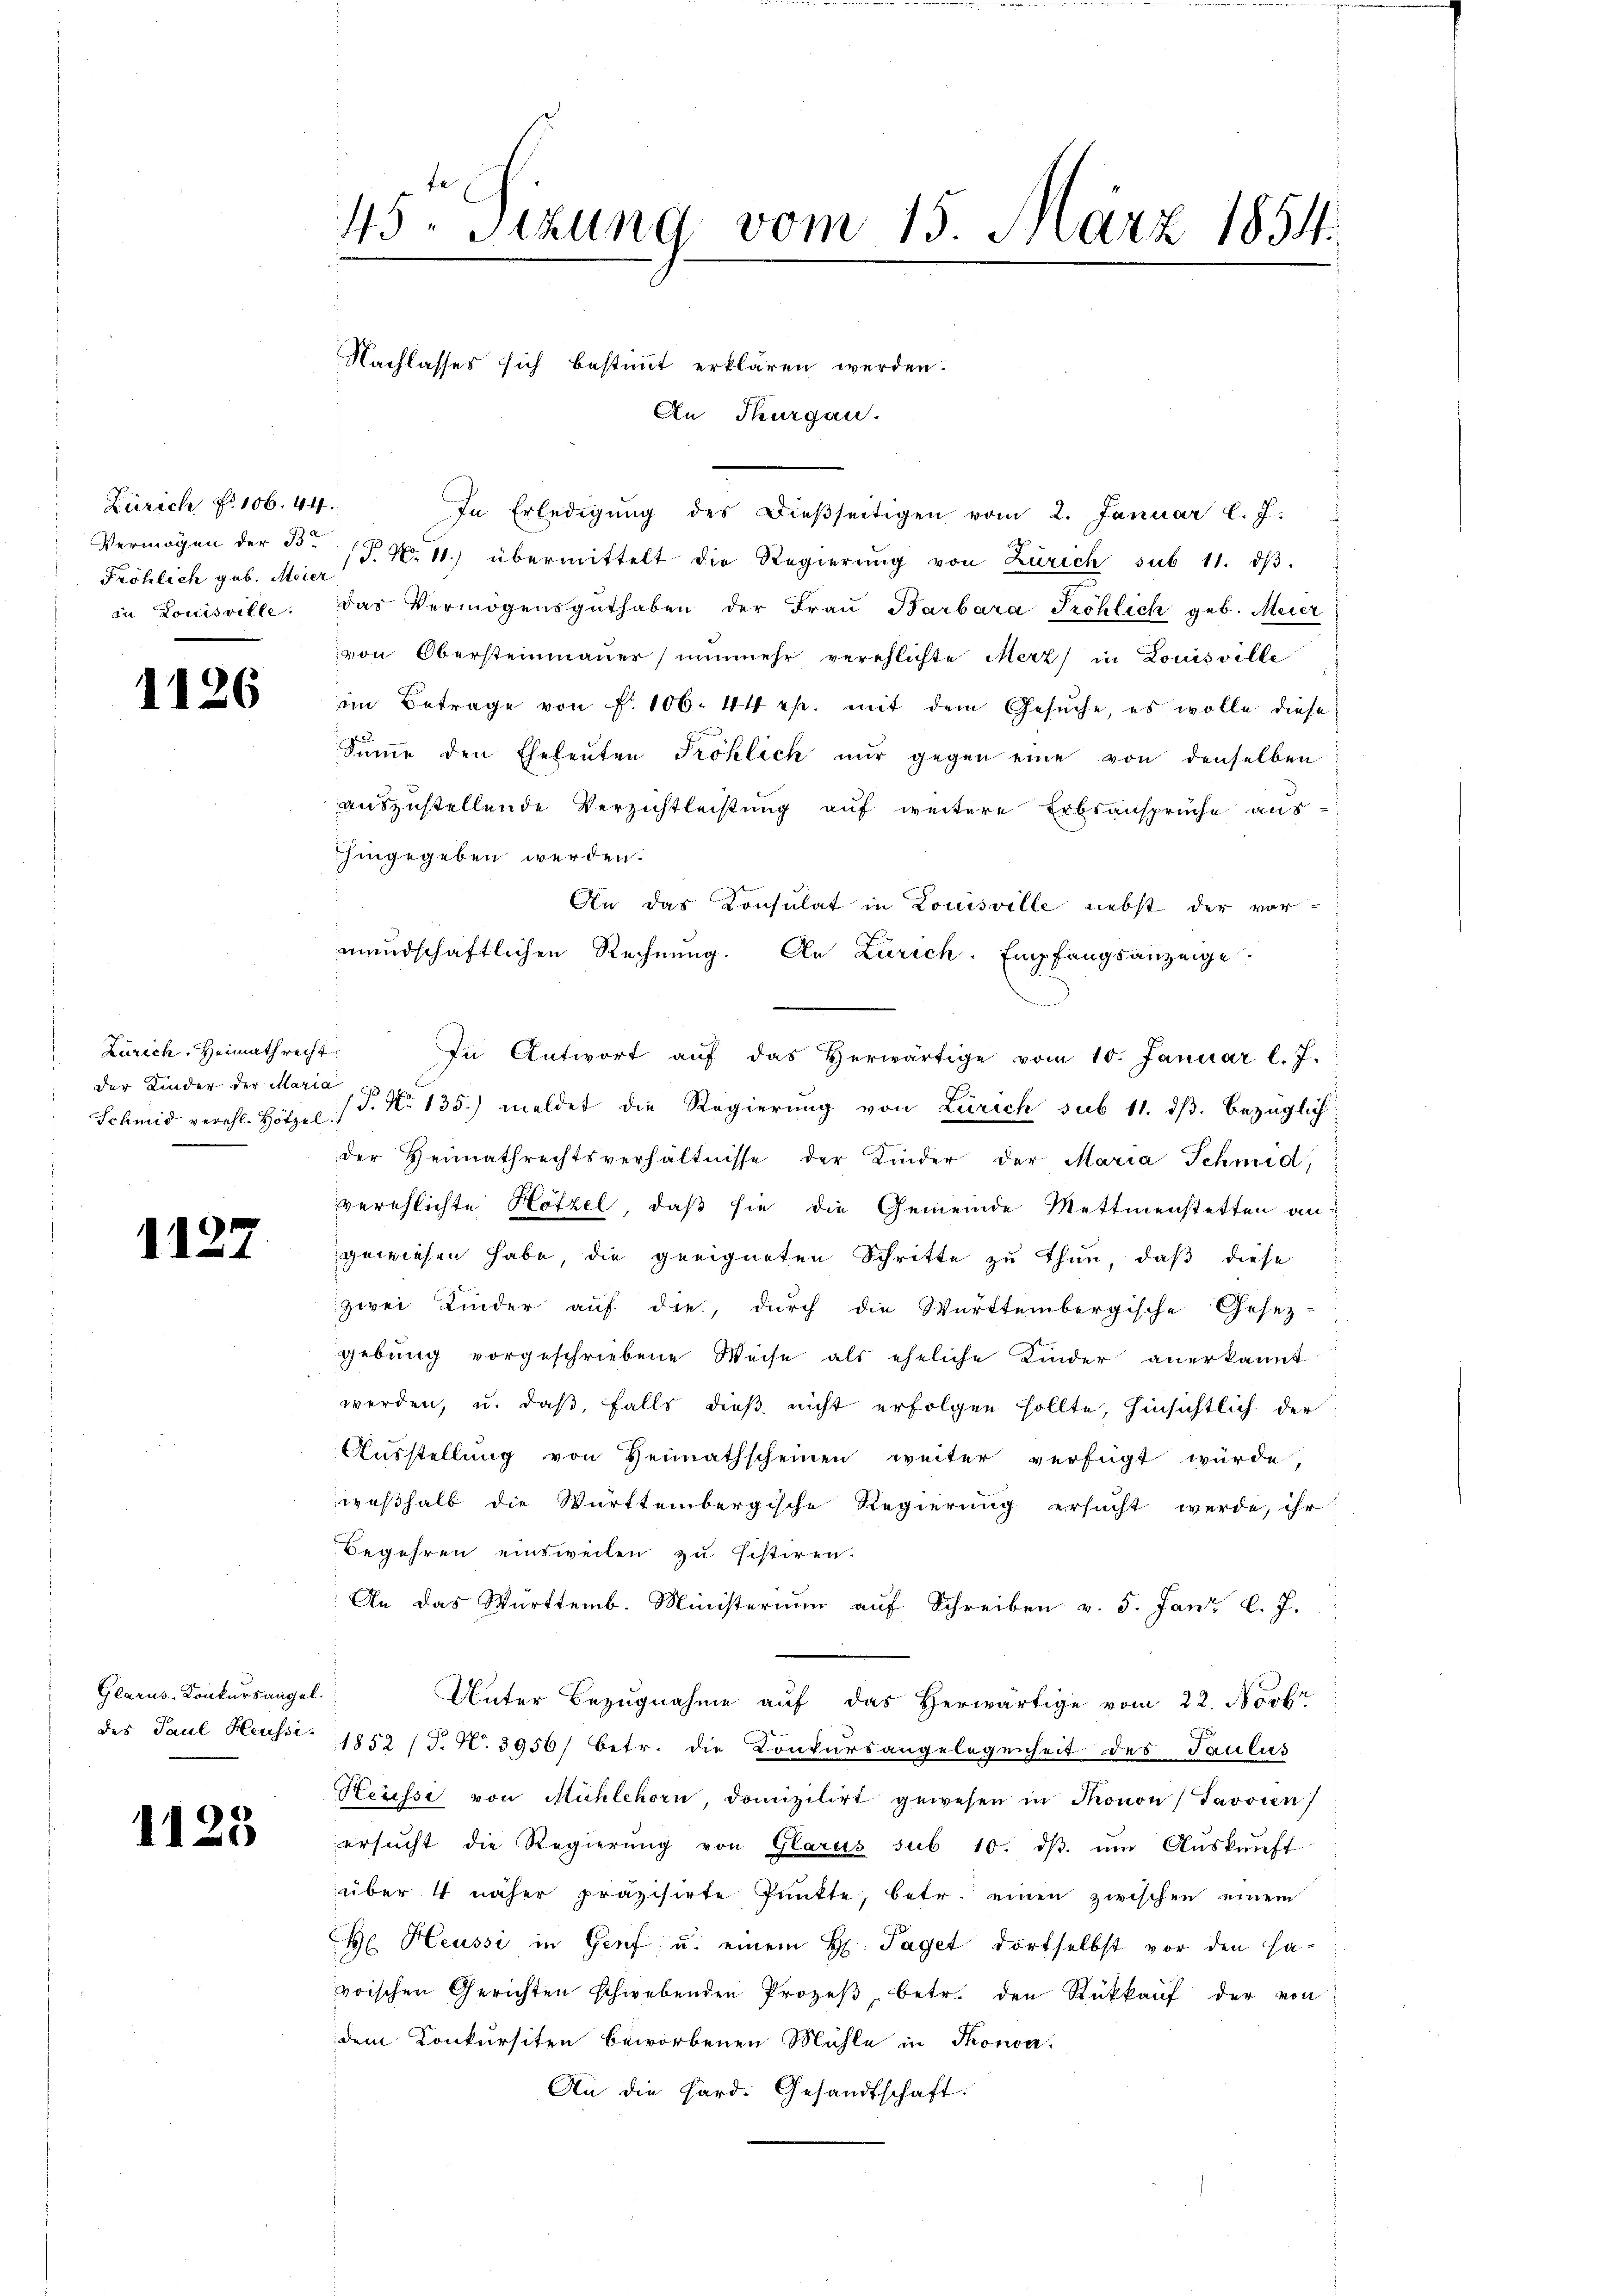
Zürich, No 106. 44
Vermögen der B
Fröhlich geb. Meier
in Louisville.

1126

Zürich. Heimathrech
der Kinder der Mari
Schmid verehl. Hötzel

1127

Glarus-Konkursangel.
des Paul Heussi-

1125

45. Sizung vom 15. März 1854.
e

Nachlasses sich bestimmt erklären werden.

An Thurgau.
In Erledigŭng des Dieβseitigen vom 2. Januar l. J.
(T. N. 11. übermittelt die Regierŭng von Zürich sub 11. dβ.
das Vermögensguthaben der Fraŭ Barbara Tröhlich geb. Meier
von Obersteinmauer nunmehr verehlichte Merz in Louisville
im Betrage von P. 106. 44 rp. mit dem Gesuche, es wolle diese
Summe den Eheleuten Fröhlich nur gegen eine von denselben
auszustellende Verzichtleistung auf weitere Erbsansprüche aushingegeben werden.
An das Consulat in Louisville nebst der vor-
mundschaftlichen Rechnung. An Zürich. Empfangsanzeige
In Antwort aŭf das herwärtige vom 10. Januar l. J.

/3. No 135.) meldet die Regierung von Zürich sub 11. dβ, bezüglich
.
der Heimathrechtsverhältnisse der Kinder der Maria Schmid,
verschlichte Hötzel, daß sie die Gemeinde Mettmenstetten an
gewiesen habe, die geeigneten Schritte zu thun, daß diese
zwei Kinder auf die, durch die Württembergische Gesetz-
gebung vorgeschriebene Weise als eheliche Kinder anerkannt
werden, u. daß, falls dieß nicht erfolgen sollte, hinsichtlich der
Ausstellung von Heimathscheinen weiter verfügt würde,
weßhalb die Württembergische Regierung ersucht werde, ihr
Begehren einsweilen zu sistiren.
An das Württemb. Ministerium aŭf Schreiben v. 5. Jan. l. J.
Unter Bezugnahme auf das Herwärtige vom 22. Novbr
1852 (T. N. 3956/ betr. die Konkursangelegenheit des Paulus
Heüsse von Mühlehorn, domizilirt gewesen in Thonon) Javoren
ersŭcht die Regierŭng von Glarus sub 10. dβ ŭm Aŭskŭnft
über 4 näher präzisirte Pŭnkte, betr. einen zwischen einem
H Heussi in Genf u. einem H. Paget dortselbst vor den ha-
voischen Gerichten schwebenden Prozeβ, betr. den Rückkaŭf der von
dem Konkursiten beworbenen Mühle in Thonon.
An die Hard. Gesandtschaft.